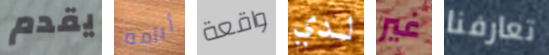
يقدم أيامه واقعة لدي غير تعارفنا